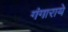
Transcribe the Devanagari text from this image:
गंगाराये